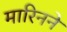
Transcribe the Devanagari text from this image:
मारिनने